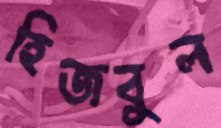
হিজবুল